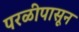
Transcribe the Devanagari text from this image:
परळीपासून